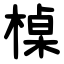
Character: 槕